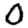
Digit: 0